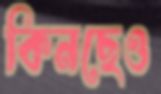
কিনছেও